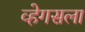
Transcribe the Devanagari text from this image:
व्हेगसला